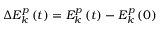
\Delta E _ { k } ^ { p } \left( t \right) = E _ { k } ^ { p } \left( t \right) - E _ { k } ^ { p } \left( 0 \right)